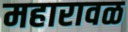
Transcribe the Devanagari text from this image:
महारावळ